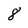
Character: 8